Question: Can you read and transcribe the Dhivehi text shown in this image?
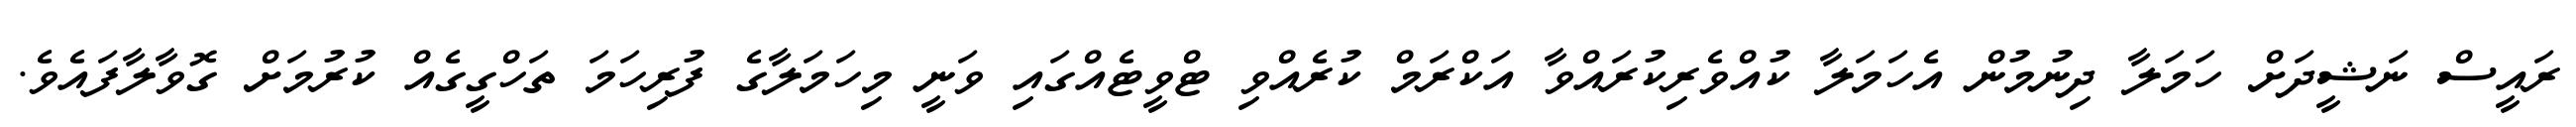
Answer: ރައީސް ނަޝީދަށް ހަމަލާ ދިނުމުން އެހަމަލާ ކުއްވެރިކުރައްވާ އަކްރަމް ކުރެއްވި ޓްވީޓެއްގައި ވަނީ މިހަމަލާގެ ފުރިހަމަ ތަހްގީގެއް ކުރުމަށް ގޮވާލާފައެވެ.